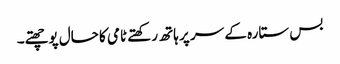
بس ستارہ کے سر پر ہاتھ رکھتے ٹامی کا حال پوچھتے۔